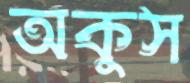
অকুস